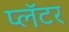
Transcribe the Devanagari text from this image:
प्लॅटर